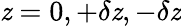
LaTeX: \mathit{z}=0,+\delta\mathit{z},-\delta\mathit{z}